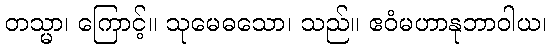
တသ္မာ၊ ကြောင့်။ သုမေဓသော၊ သည်။ ဧဝံမဟာနုဘာဝါယ၊